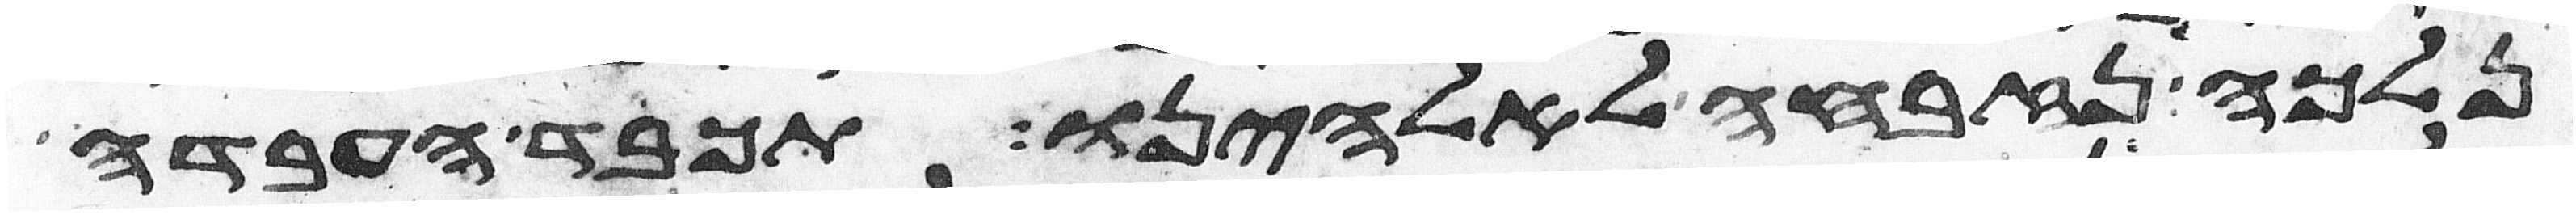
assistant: נלכה נזבחה לאלהינו תכבד העבדה